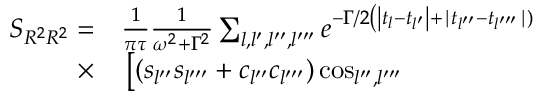
\begin{array} { r l } { S _ { R ^ { 2 } R ^ { 2 } } = } & { { } \frac { 1 } { \pi \tau } \frac { 1 } { \omega ^ { 2 } + \Gamma ^ { 2 } } \sum _ { l , l ^ { \prime } , l ^ { \prime \prime } , l ^ { \prime \prime \prime } } e ^ { - \Gamma / 2 \left( \left| t _ { l } - t _ { l ^ { \prime } } \right| + \mid t _ { l ^ { \prime \prime } } - t _ { l ^ { \prime \prime \prime } } \mid ) \right. } } \\ { \times } & { { } \left[ \left( s _ { l ^ { \prime \prime } } s _ { l ^ { \prime \prime \prime } } + c _ { l ^ { \prime \prime } } c _ { l ^ { \prime \prime \prime } } \right) \cos _ { l ^ { \prime \prime } , l ^ { \prime \prime \prime } } \right. } \end{array}